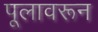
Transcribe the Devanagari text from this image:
पूलावरून